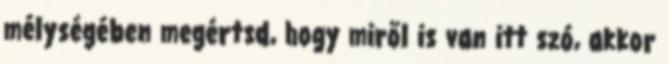
mélységében megértsd, hogy miről is van itt szó, akkor